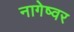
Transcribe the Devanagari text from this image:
नागेष्वर